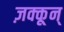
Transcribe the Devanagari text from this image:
ज़क्कून्